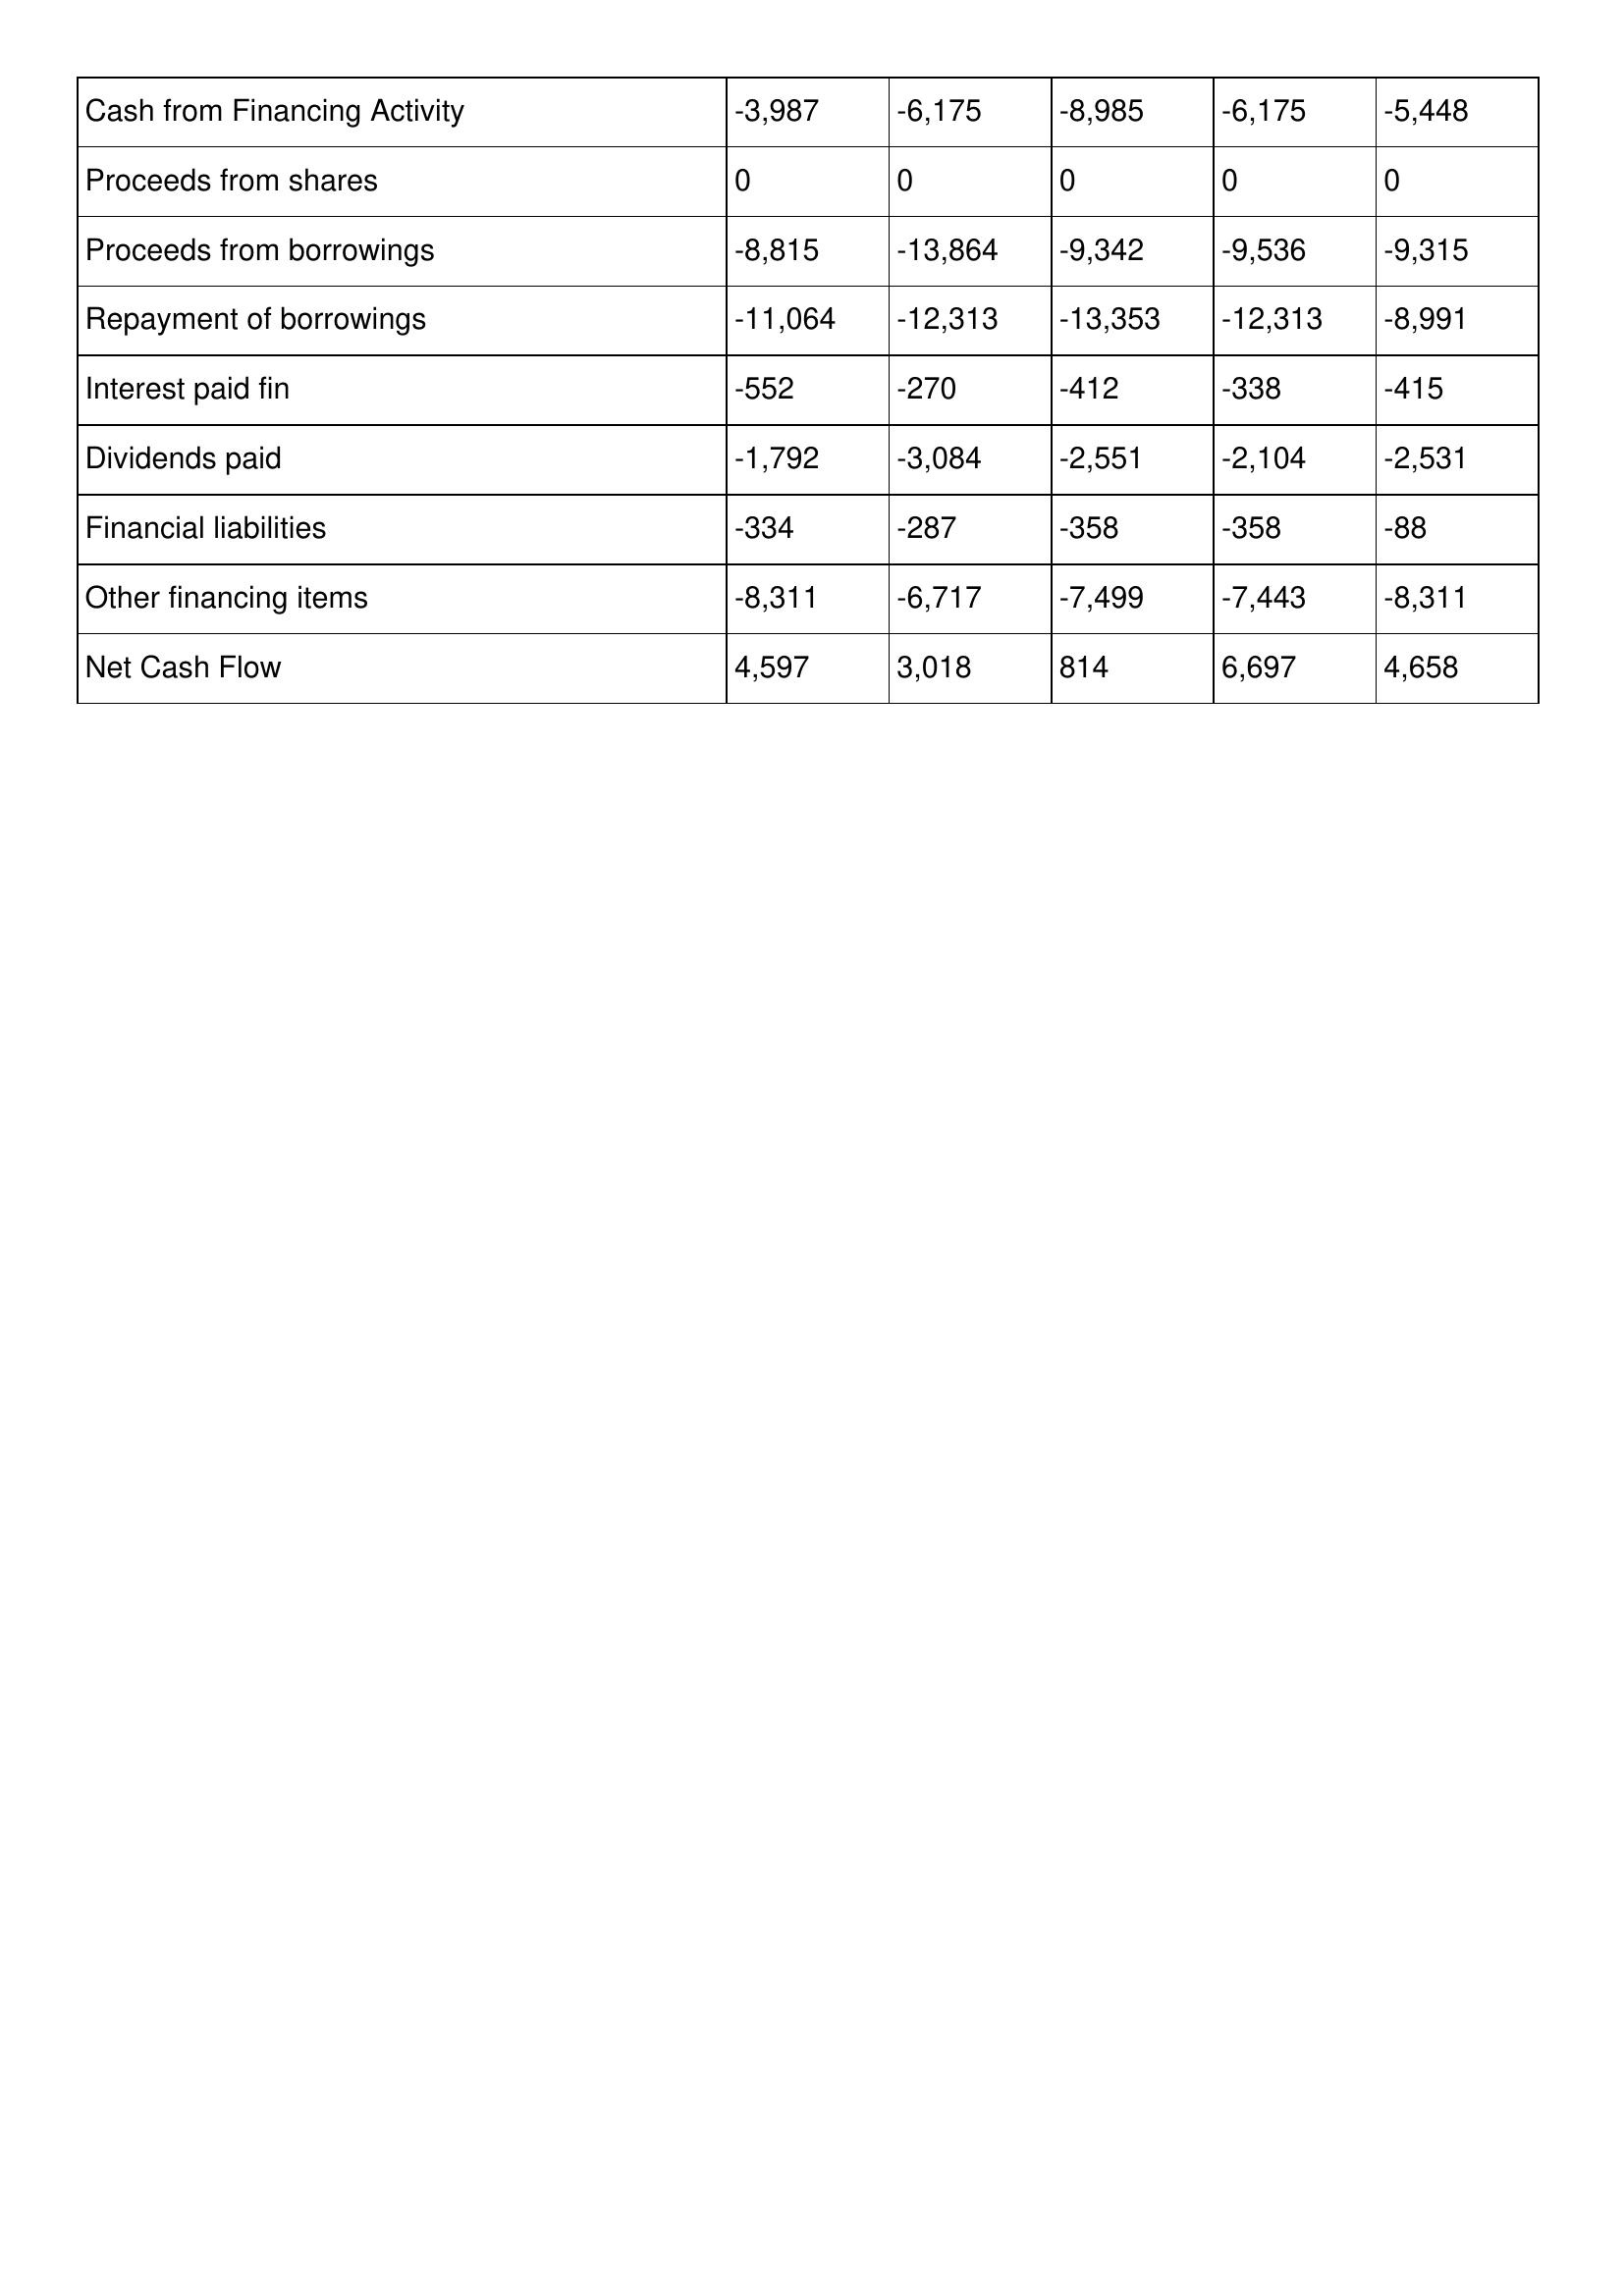
gt_parse: 1998: Cash Flows: Cash from Financing Activity: -3,987
Proceeds from shares: 0
Proceeds from borrowings: -8,815
Repayment of borrowings: -11,064
Interest paid fin: -552
Dividends paid: -1,792
Financial liabilities: -334
Other financing items: -8,311
Net Cash Flow: 4,597
1997: Cash Flows: Cash from Financing Activity: -6,175
Proceeds from shares: 0
Proceeds from borrowings: -13,864
Repayment of borrowings: -12,313
Interest paid fin: -270
Dividends paid: -3,084
Financial liabilities: -287
Other financing items: -6,717
Net Cash Flow: 3,018
1996: Cash Flows: Cash from Financing Activity: -8,985
Proceeds from shares: 0
Proceeds from borrowings: -9,342
Repayment of borrowings: -13,353
Interest paid fin: -412
Dividends paid: -2,551
Financial liabilities: -358
Other financing items: -7,499
Net Cash Flow: 814
1995: Cash Flows: Cash from Financing Activity: -6,175
Proceeds from shares: 0
Proceeds from borrowings: -9,536
Repayment of borrowings: -12,313
Interest paid fin: -338
Dividends paid: -2,104
Financial liabilities: -358
Other financing items: -7,443
Net Cash Flow: 6,697
1994: Cash Flows: Cash from Financing Activity: -5,448
Proceeds from shares: 0
Proceeds from borrowings: -9,315
Repayment of borrowings: -8,991
Interest paid fin: -415
Dividends paid: -2,531
Financial liabilities: -88
Other financing items: -8,311
Net Cash Flow: 4,658